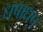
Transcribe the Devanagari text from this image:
धपाधप